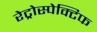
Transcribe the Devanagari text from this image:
रेट्रोस्‍पेक्टिफ